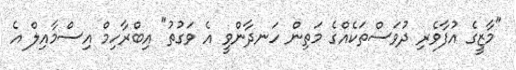
"މާޒީގެ އުފާވެރި ދުވަސްތަކެއްގެ މަތިން ހަނދާންވީ އެ ވަގުތު" އިބްރާހިމް އިސްމާއިލް އެ